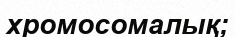
хромосомалық;